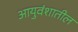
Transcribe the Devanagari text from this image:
आयुवंशातील